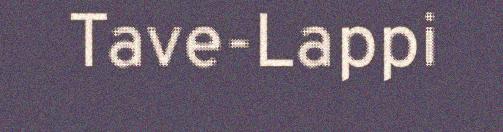
Tave-Lappi